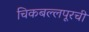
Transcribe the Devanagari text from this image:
चिकबल्लपूरची